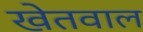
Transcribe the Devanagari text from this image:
खेतवाल